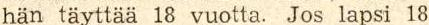
hän täyttää 18 vuotta. Jos lapsi 18